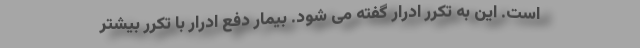
است. این به تکرر ادرار گفته می شود. بیمار دفع ادرار با تکرر بیشتر